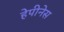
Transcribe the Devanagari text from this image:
हेपीनेस